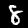
Label: 8